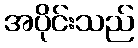
အပိုင်းသည်